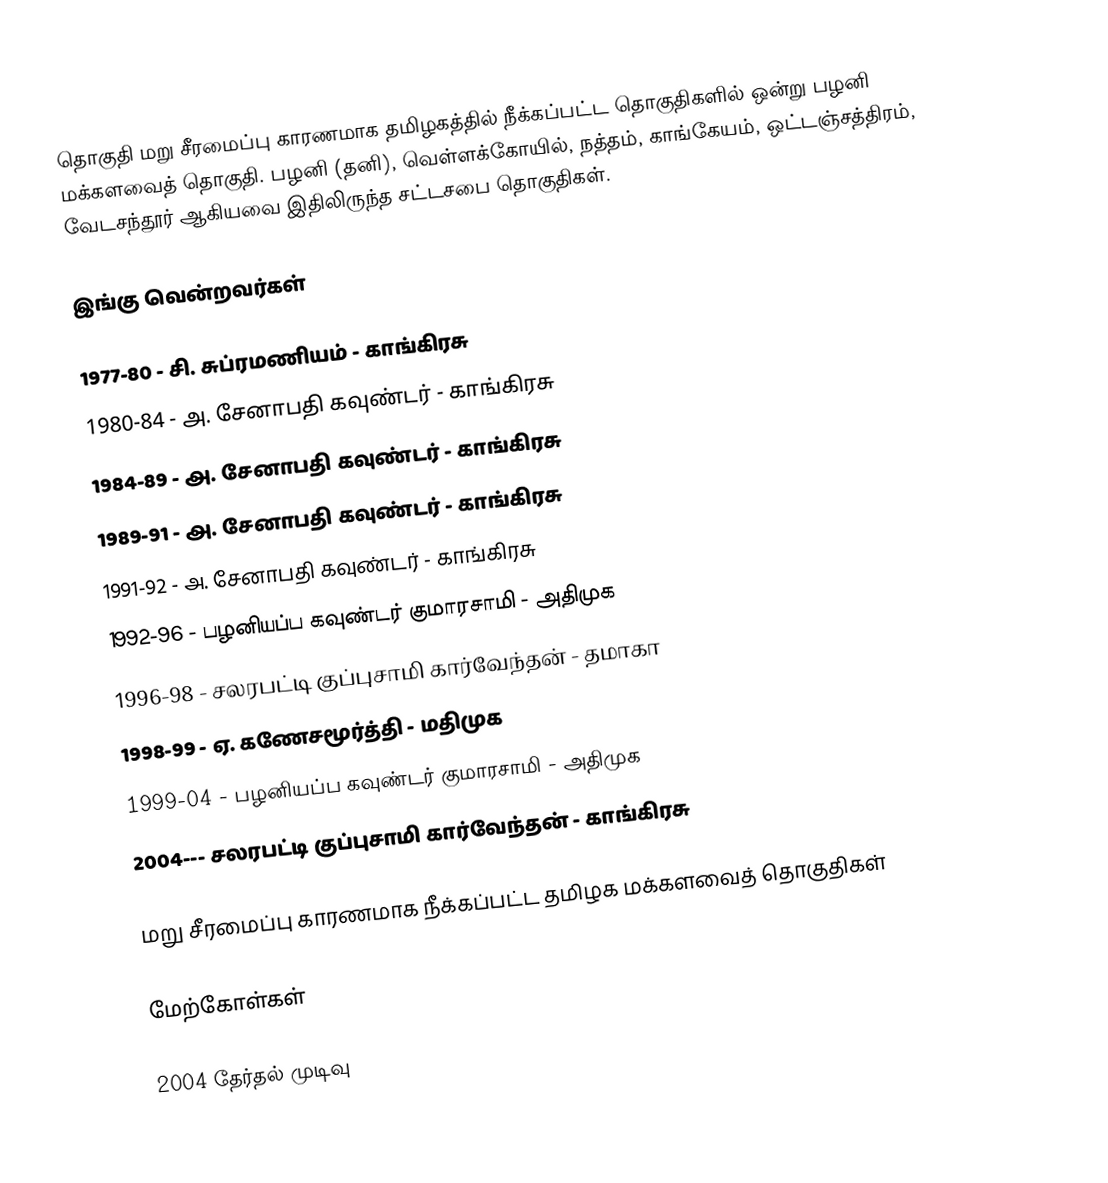
தொகுதி மறு சீரமைப்பு காரணமாக தமிழகத்தில் நீக்கப்பட்ட தொகுதிகளில் ஒன்று பழனி மக்களவைத் தொகுதி. பழனி (தனி), வெள்ளக்கோயில், நத்தம், காங்கேயம், ஒட்டஞ்சத்திரம், வேடசந்தூர் ஆகியவை இதிலிருந்த சட்டசபை தொகுதிகள்.

இங்கு வென்றவர்கள்

1977-80 - சி. சுப்ரமணியம் - காங்கிரசு
1980-84  - அ. சேனாபதி கவுண்டர் - காங்கிரசு
1984-89 - அ. சேனாபதி கவுண்டர் - காங்கிரசு
1989-91 - அ. சேனாபதி கவுண்டர் - காங்கிரசு
1991-92  - அ. சேனாபதி கவுண்டர் - காங்கிரசு
1992-96  - பழனியப்ப கவுண்டர் குமாரசாமி - அதிமுக
1996-98 - சலரபட்டி குப்புசாமி கார்வேந்தன் - தமாகா
1998-99 - ஏ. கணேசமூர்த்தி - மதிமுக
1999-04 -  பழனியப்ப கவுண்டர் குமாரசாமி - அதிமுக
2004--- சலரபட்டி குப்புசாமி கார்வேந்தன் - காங்கிரசு

மறு சீரமைப்பு காரணமாக நீக்கப்பட்ட தமிழக மக்களவைத் தொகுதிகள்

மேற்கோள்கள்

2004 தேர்தல் முடிவு